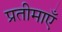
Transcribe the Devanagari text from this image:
प्रतीमाएँ